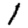
Digit: 1